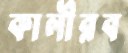
কালীরব